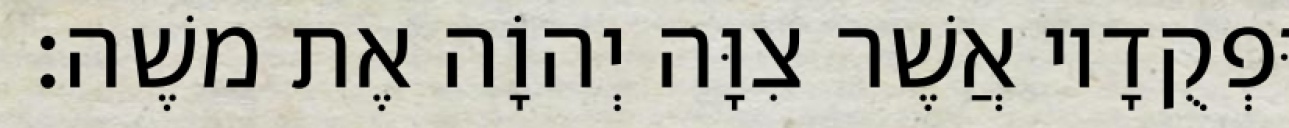
וּפְקֻדָיו אֲשֶׁר צִוָּה יְהוָֹה אֶת משֶׁה׃